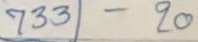
733 - 20